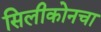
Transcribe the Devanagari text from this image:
सिलीकोनचा